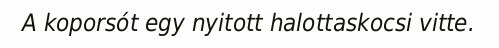
A koporsót egy nyitott halottaskocsi vitte.